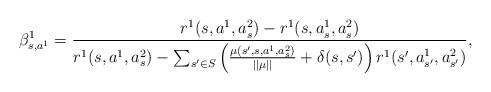
LaTeX: \begin{align*}\beta_{s,a^1}^1=\frac{r^1(s,a^1,a_s^2)-r^1(s,a_s^1,a_s^2)}{r^1(s,a^1,a_s^2)-\sum_{s'\in S}\left(\frac{\mu(s',s,a^1,a_s^2)}{||\mu||}+\delta(s,s')\right) r^1(s',a_{s'}^1,a_{s'}^2)},\end{align*}